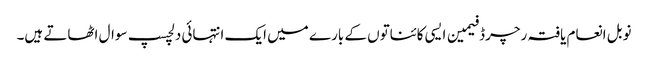
نوبل انعام یافتہ رچرڈ فیمین ایسی کائناتوں کے بارے میں ایک انتہائی دلچسپ سوال اٹھاتے ہیں۔